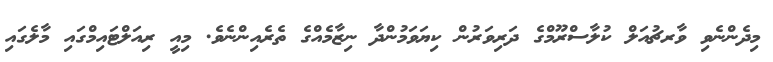
މިދެންނެވި ވާރޗުއަލް ކުލާސްރޫމްގެ ދަރިވަރުން ކިޔަވަމުންދާ ނިޒާމެއްގެ ތެރެއިންނެވެ. މިއީ ރިއަލްޓައިމްގައި މާލެގައި